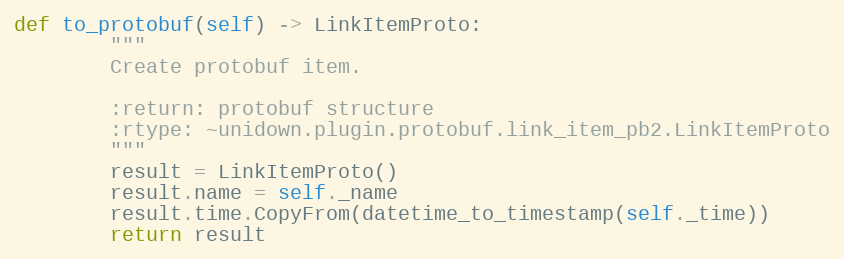
Language: Python
def to_protobuf(self) -> LinkItemProto:
        """
        Create protobuf item.

        :return: protobuf structure
        :rtype: ~unidown.plugin.protobuf.link_item_pb2.LinkItemProto
        """
        result = LinkItemProto()
        result.name = self._name
        result.time.CopyFrom(datetime_to_timestamp(self._time))
        return result